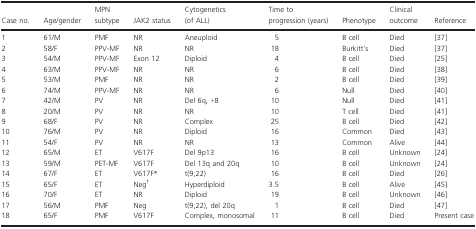
| Case no. | Age/gender | MPN subtype | JAK2 status | Cytogenetics (of ALL) | Time to progression (years) | Phenotype | Clinical outcome | Reference |
 | --- | --- | --- | --- | --- | --- | --- | --- | --- |
 | 1 | 61/M | PMF | NR | Aneuploid | 5 | B cell | Died | 37 |
 | 2 | 58/F | PPV‐MF | NR | NR | 18 | Burkitt's | Died | 37 |
 | 3 | 54/M | PPV‐MF | Exon 12 | Diploid | 4 | B cell | Died | 25 |
 | 4 | 63/M | PPV‐MF | NR | NR | 6 | B cell | Died | 38 |
 | 5 | 53/M | PMF | NR | NR | 2 | B cell | Died | 39 |
 | 6 | 74/M | PPV‐MF | NR | NR | 6 | Null | Died | 40 |
 | 7 | 42/M | PV | NR | Del 6q, +8 | 10 | Null | Died | 41 |
 | 8 | 20/M | PV | NR | NR | 10 | T cell | Died | 41 |
 | 9 | 68/F | PV | NR | Complex | 25 | B cell | Died | 42 |
 | 10 | 76/M | PV | NR | Diploid | 16 | Common | Died | 43 |
 | 11 | 54/F | PV | NR | NR | 13 | Common | Alive | 44 |
 | 12 | 65/M | ET | V617F | Del 9p13 | 16 | B cell | Unknown | 24 |
 | 13 | 59/M | PET‐MF | V617F | Del 13q and 20q | 10 | B cell | Unknown | 24 |
 | 14 | 67/F | ET | V617Fa | t(9;22) | 16 | B cell | Died | 26 |
 | 15 | 65/F | ET | Negb | Hyperdiploid | 3.5 | B cell | Alive | 45 |
 | 16 | 70/F | ET | NR | Diploid | 19 | B cell | Unknown | 46 |
 | 17 | 56/M | PMF | Neg | t(9;22), del 20q | 1 | B cell | Died | 47 |
 | 18 | 65/F | PMF | V617F | Complex, monosomal | 11 | B cell | Died | Present case |